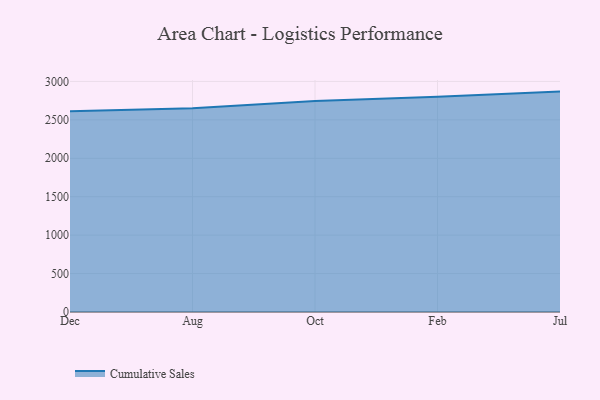
{"axis": {"x": "Month", "y": "Waste Production (Tons)"}, "legend": ["Cumulative Sales"], "data": [{"x": "Dec", "y": 2610.6, "type": "Cumulative Sales"}, {"x": "Aug", "y": 2649.6, "type": "Cumulative Sales"}, {"x": "Oct", "y": 2746.5, "type": "Cumulative Sales"}, {"x": "Feb", "y": 2799.7, "type": "Cumulative Sales"}, {"x": "Jul", "y": 2867.7, "type": "Cumulative Sales"}]}